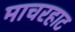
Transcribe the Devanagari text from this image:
माचरहाट